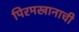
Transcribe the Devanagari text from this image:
पिरमखानाची